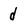
Character: d